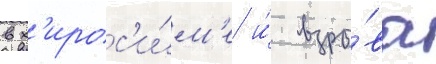
в х'ирос'и́м'е и́ взры́ва